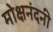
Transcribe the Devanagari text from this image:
मोक्षनंदनी